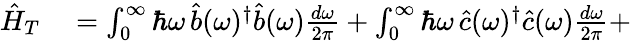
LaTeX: \begin{array}{rl}{\hat{H}_{T}}&{{}=\int_{0}^{\infty}\hbar\omega\, \hat{b}(\omega)^{\dagger}\hat{b}(\omega)\frac{d\omega}{2\pi}+\int_{0}^{\infty}\hbar\omega\, \hat{c}(\omega)^{\dagger}\hat{c}(\omega)\frac{d\omega}{2\pi}+}\end{array}